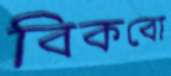
বিকবো